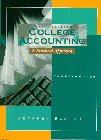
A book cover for College Accounting: A Practical Approach, Chapters 1-26; Jeffrey Slater; Business & Money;